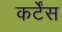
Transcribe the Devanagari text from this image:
कर्टेंस